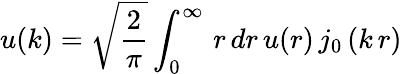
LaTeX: u(k)=\sqrt{\frac{2}{\pi}}\int_{0}^{\infty}\, r\, dr\, u(r)\, j_{0}\left(k\, r\right)